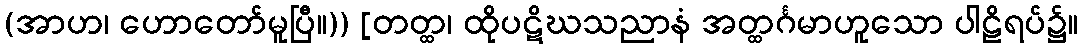
(အာဟ၊ ဟောတော်မူပြီ။)) [တတ္ထ၊ ထိုပဋိဃသညာနံ အတ္ထင်္ဂမာဟူသော ပါဠိရပ်၌။